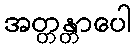
အတ္တန္တာပေါ